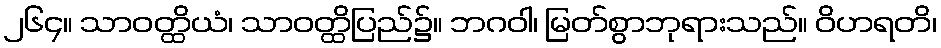
၂၆၄။ သာဝတ္ထိယံ၊ သာဝတ္ထိပြည်၌။ ဘဂဝါ၊ မြတ်စွာဘုရားသည်။ ဝိဟရတိ၊